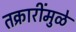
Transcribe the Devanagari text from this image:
तक्रारींमुळे